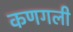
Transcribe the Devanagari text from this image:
कणगली